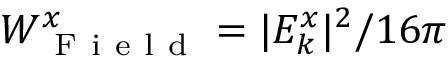
W _ { \mathrm { ~ F ~ i ~ e ~ l ~ d ~ } } ^ { x } = | E _ { k } ^ { x } | ^ { 2 } / 1 6 \pi